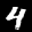
Label: 4